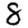
Digit: 8